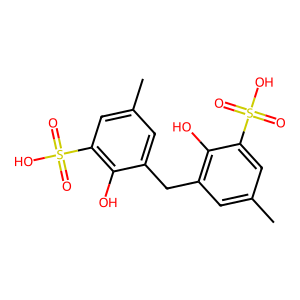
SMILES: Cc1cc(Cc2cc(C)cc(S(=O)(=O)O)c2O)c(O)c(S(=O)(=O)O)c1
Inhibits HIV replication: Yes